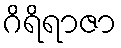
ဂိရိရာဇာ